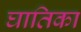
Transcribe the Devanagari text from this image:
घातिका